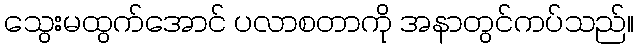
သွေးမထွက်အောင် ပလာစတာကို အနာတွင်ကပ်သည်။